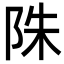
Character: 陎